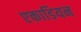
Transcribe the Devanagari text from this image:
एकाडियन